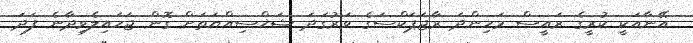
އޭނާއަކީ ކުރީގެ ރައީސް މަހިންދަ ރާޖަޕަކްސަގެ ވަރުގަދަ ޝަޚްސިއްޔަތަށް ގޮން ޖަހައިލެވިދާނެ ފަދަ